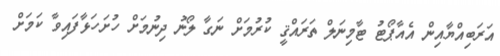
އަރަބިއްޔާއިން އެއާޕޯޓު ޓާމިނަލް ތަރައްޤީ ކުރުމަށް ނަގާ ލޯނު ދިނުމަށް ހުށަހަޅާފައިވާ ކަމަށް